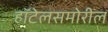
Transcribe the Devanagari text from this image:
हॉटेलसमोरील